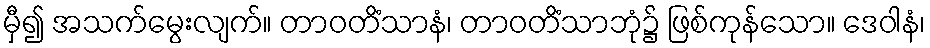
မှီ၍ အသက်မွေးလျက်။ တာဝတိံသာနံ၊ တာဝတိံသာဘုံ၌ ဖြစ်ကုန်သော။ ဒေဝါနံ၊